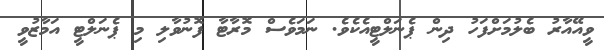
ވީއޭއާރު ބެލުމަށްފަހު ދިން ޕެނަލްޓީއެކެވެ. ނަމަވެސް މޮރާޓާ ފޮނުވާލި މި ޕެނަލްޓީ އަމާޒުވީ